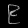
Digit: ၉